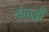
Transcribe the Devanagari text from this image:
नेणती